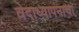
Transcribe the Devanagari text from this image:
वेदाध्यापनाचा